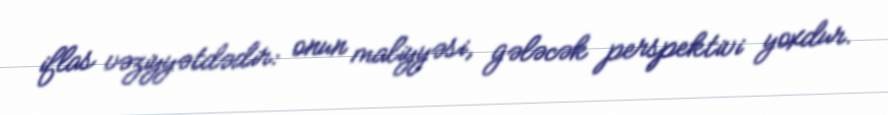
iflas vəziyyətdədir: onun maliyyəsi, gələcək perspektivi yoxdur.